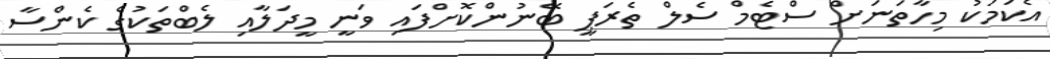
އެކަމަކު މިހާތަނަށް ސްޓެމް ސެލް ތެރަޕީ ބޭނުންކޮށްފައި ވަނީ މީދަލާއި ލެބްތަކުގެ ކެންސާ